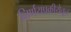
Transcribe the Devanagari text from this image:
निर्णयप्रक्रीयेतून